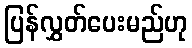
ပြန်လွှတ်ပေးမည်ဟု